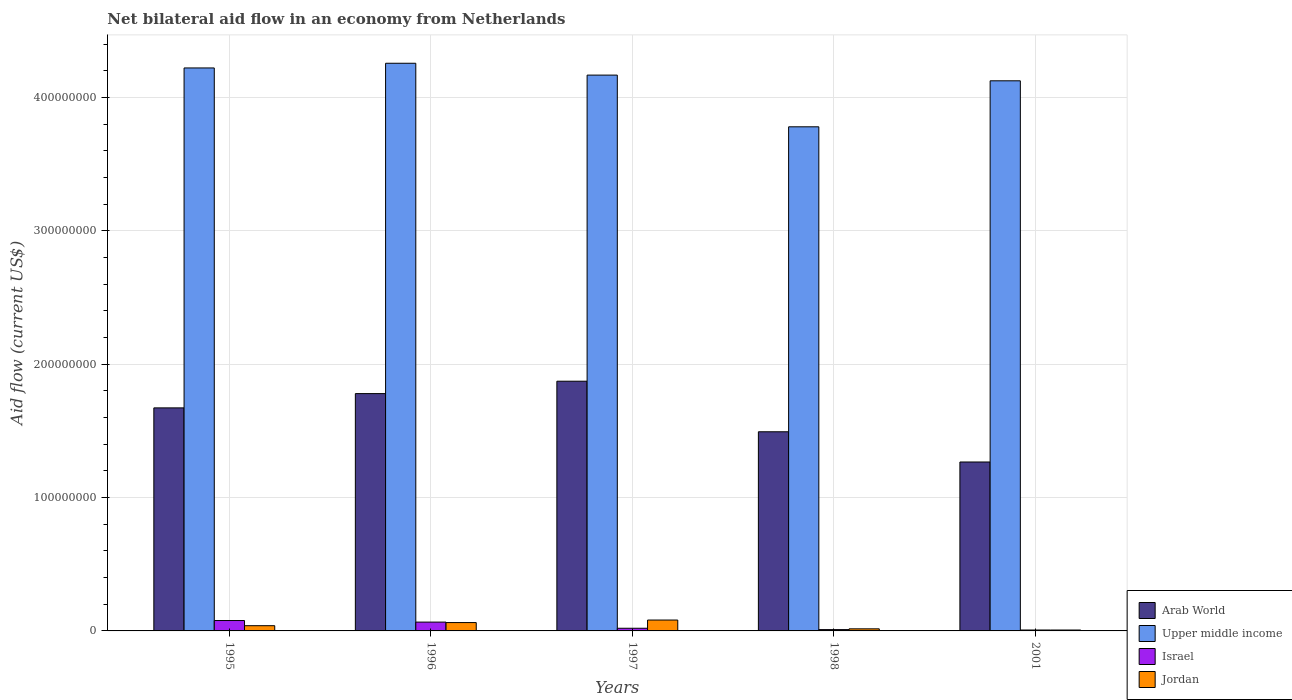
| Years | Arab World | Upper middle income | Israel | Jordan |
 | --- | --- | --- | --- | --- |
 | 1995 | 1.67e+08 | 4.22e+08 | 7.8e+06 | 3.92e+06 |
 | 1996 | 1.78e+08 | 4.26e+08 | 6.62e+06 | 6.26e+06 |
 | 1997 | 1.87e+08 | 4.17e+08 | 2e+06 | 8.16e+06 |
 | 1998 | 1.49e+08 | 3.78e+08 | 9.9e+05 | 1.56e+06 |
 | 2001 | 1.27e+08 | 4.13e+08 | 6.9e+05 | 6.7e+05 |